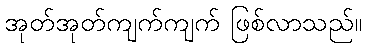
အုတ်အုတ်ကျက်ကျက် ဖြစ်လာသည်။